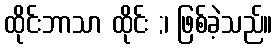
ထိုင်းဘာသာ ထိုင်း ;၊ ဖြစ်ခဲ့သည်။